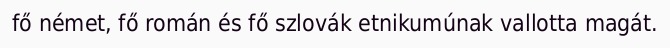
fő német, fő román és fő szlovák etnikumúnak vallotta magát.